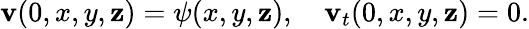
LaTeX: \mathbf{v}(0,x,y,\mathbf{z})=\psi(x,y,\mathbf{z}),\quad\mathbf{v}_{t}(0,x,y,\mathbf{z})=0.